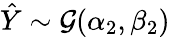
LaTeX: \hat{Y}\sim\mathcal G(\alpha_{2},\beta_{2})